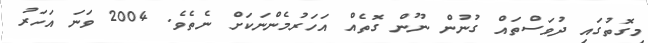
މިގޮތުގައި ދުވަސްތައް ގުނުން ނޫން ގޮތެއް އަހަރުމެންނަކަށް ނެތެވެ. 2004 ވަނަ އަހަރު